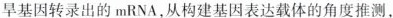
早基因转录出的mRNA，从构建基因表达载体的角度推测，